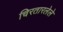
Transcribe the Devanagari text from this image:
चिरतारलेले